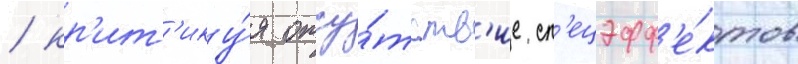
/ кр'ит'ику́я отсу́тств'ие сп'ецэфф'е́ктов